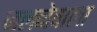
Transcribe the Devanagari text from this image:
जलनेवाला